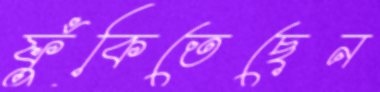
ফুঁকিতেছেন